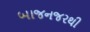
બાજનજરથી